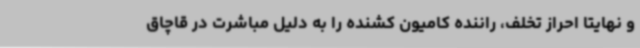
و نهایتا احراز تخلف، راننده کامیون کشنده را به دلیل مباشرت در قاچاق